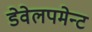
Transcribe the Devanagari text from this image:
डेवेलपमेन्ट